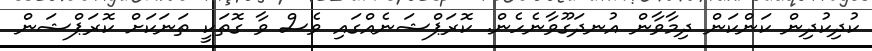
ކުދިކުދިން ކަންކަން ދިމާވާން އުނދަގޫވާނެހެން. ކޮރަޕްޝަނެއްގައި ވެސް ވާ ގޮތަކީ ތަނަކަށް ކޮރަޕްޝަން